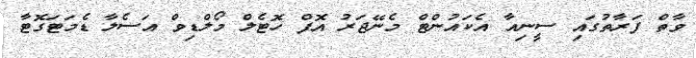
ވާތް ފަރާތުގައި ސީނިއާ އެކައުންޓް މެނޭޖަރު އޮފް ހޮޓެލް މޯލްޑިވް އަސެލާ ޑެމަޓަގޮޓާ